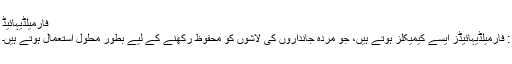
فارمیلڈیہائیڈ
: فارمیلڈیہائیڈز ایسے کیمیکلز ہوتے ہیں، جو مردہ جانداروں کی لاشوں کو محفوظ رکھنے کے لیے بطور محلول استعمال ہوتے ہیں۔